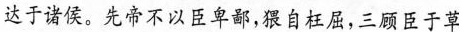
达于诸侯。先帝不以臣卑鄙，猥自枉屈，三顾臣于草